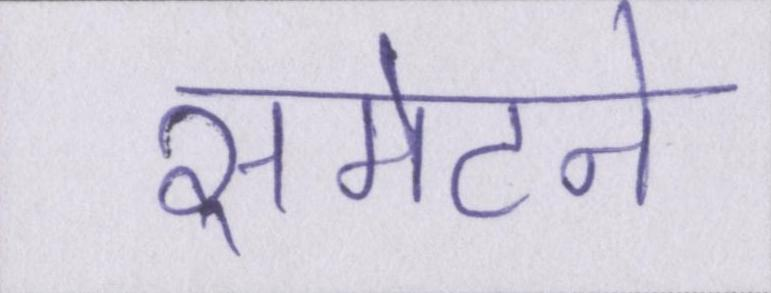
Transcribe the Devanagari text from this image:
समेटने